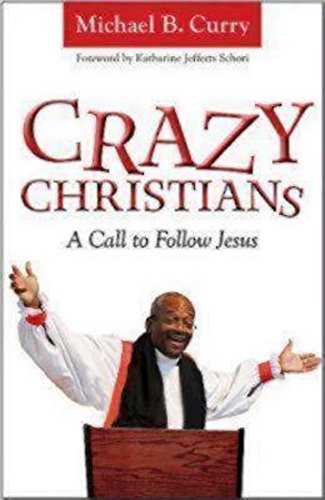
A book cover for Crazy Christians: A Call to Follow Jesus; Michael B. Curry; Christian Books & Bibles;